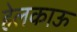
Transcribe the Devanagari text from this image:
हेलकाऊ